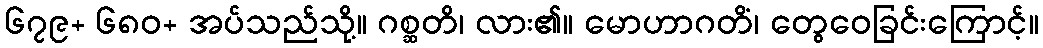
၆၇၉+ ၆၈၀+ အပ်သည်သို့။ ဂစ္ဆတိ၊ လား၏။ မောဟာဂတိံ၊ တွေဝေခြင်းကြောင့်။